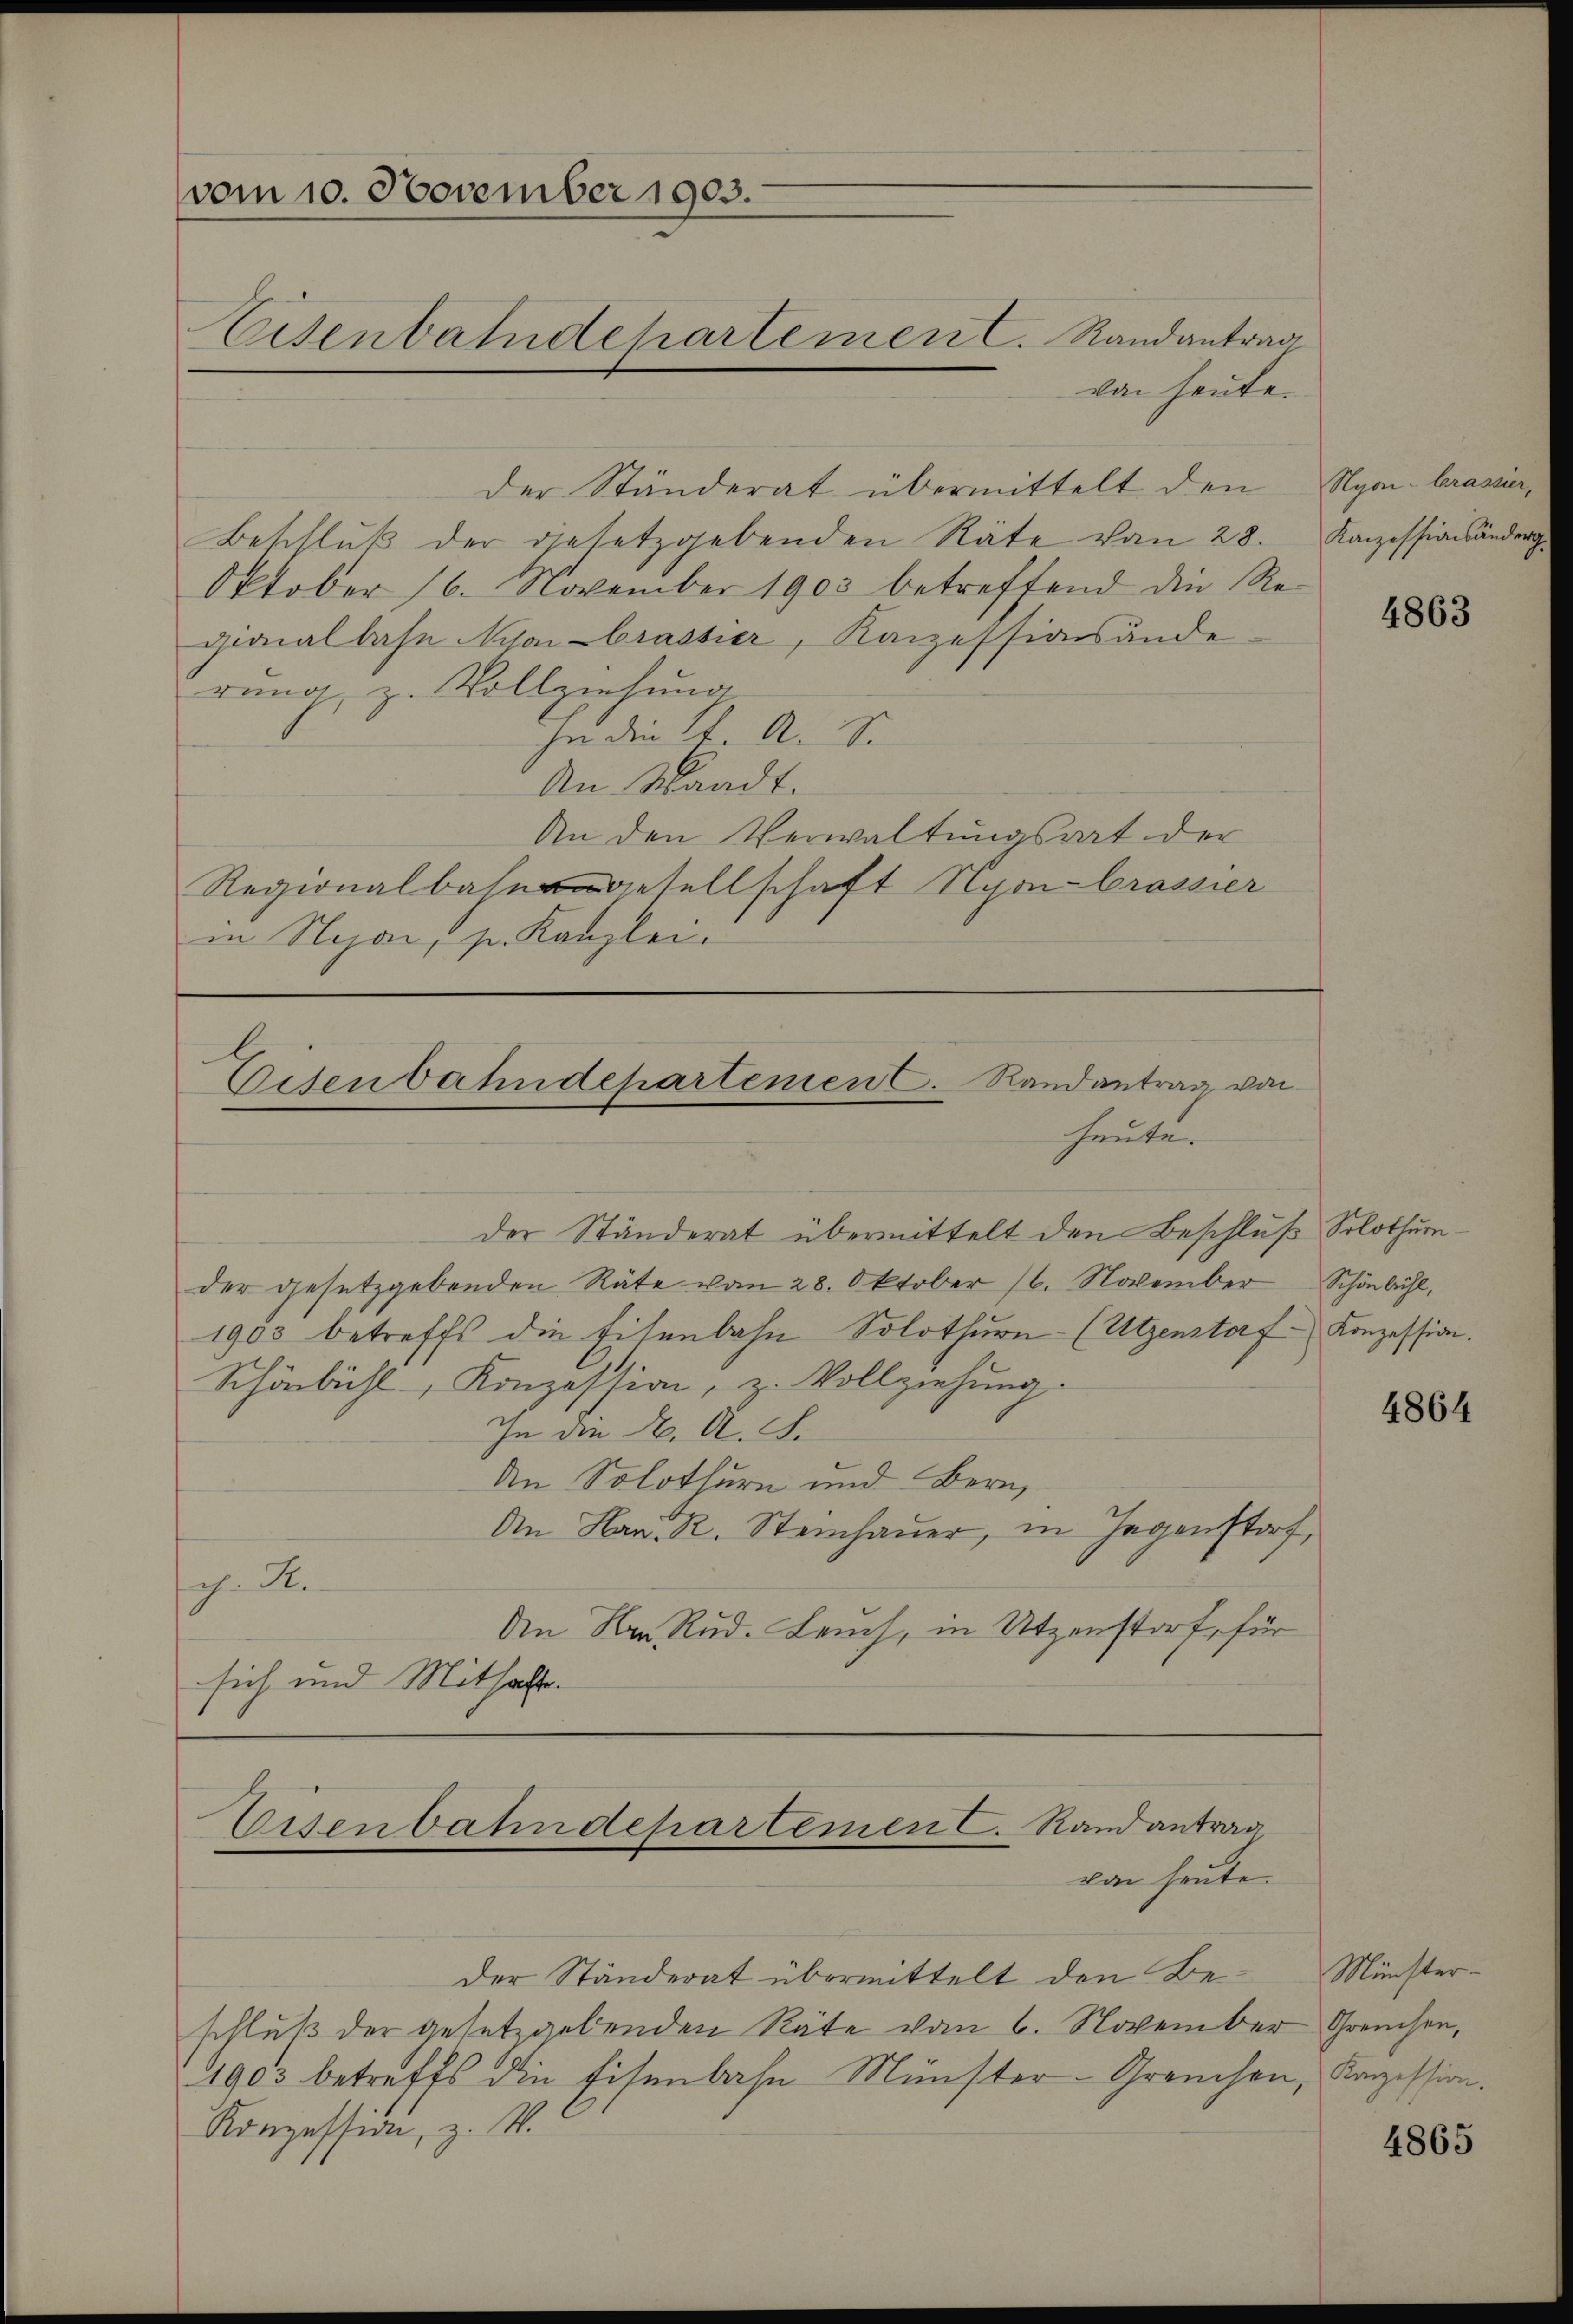
vom 10. November 1903.
Aüsenbahndchartement. Randantrag

von heute.
der Ständerat übermittelt den
Beschluß der gesetzgebenden Räte von 28.
Oktober 16. November 1903 betreffend die Repionalbahn Nyon brassier, Kanzessionsände
rung, z. Vollziehung
In die K. A. S.
An Waadt.
An den Verwaltungsrat der
Regionalbahngesellschaft Nyon-Crasser
in Negar, s. Kanzlei.

Eisenbahndepartement. Randantrag von
heute.

Der Ständerat übermittelt den Beschluß der gesetzgebenden Räte vom 6. November Greuchen,
1903 betreffs die Eisenbahn Münster-Granchen, Kanzession.
Konzession, z. V.

Eisenbahndepartemen C. Randantrag
von heute.

der Ständerat übermittelt den Beschluß, Solothurnder gesetzgebenden Räte vom 28. Oktober 16. November
1903 betreffs die Eisenbahn Solothurn (Utzenstorf Konzession.
Schönbühl, Konzession, z. Vollziehung.
In den 26. A. S.
An Solothurn und Bern,
An Hrn. R. Steinhauer, in Gegenstorf,
ch. R.
An Hrn. Rud. Leuch, in Utzenstorf, für
sich und Mithaffe.

Nyon-Crassier,
Kanzessionsänderg

4863

Schönbühl,

4864

Münster-

4865